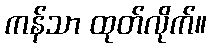
ကန်သာ ထုတ်လိုက်။